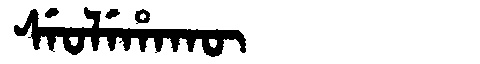
Manchu: ᠰᡝᠣᠯᡝᡥᠠᡴᡡ
Romanization: SEOLEHAKŪ